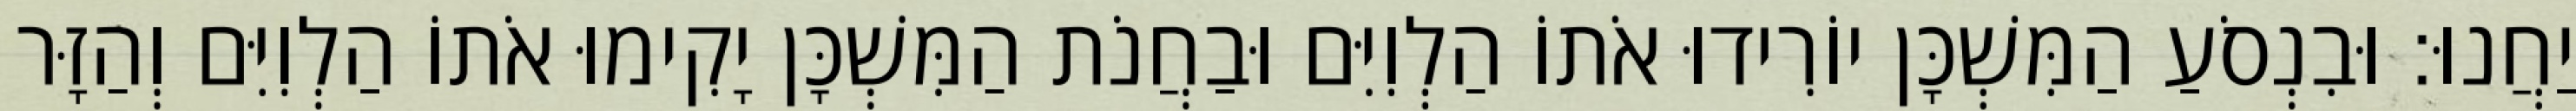
יַחֲנוּ׃ וּבִנְסֹעַ הַמִּשְׁכָּן יוֹרִידוּ אֹתוֹ הַלְוִיִּם וּבַחֲנֹת הַמִּשְׁכָּן יָקִימוּ אֹתוֹ הַלְוִיִּם וְהַזָּר